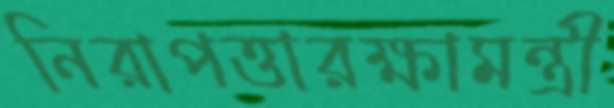
নিরাপত্তারক্ষামন্ত্রী